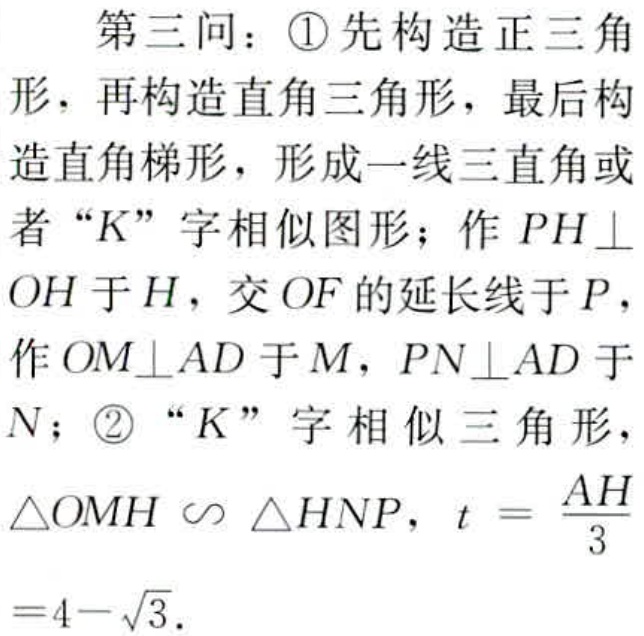
第三问：\textcircled{1}先构造正三角形，再构造直角三角形，最后构造直角梯形，形成一线三直角或者 “K” 字相似图形；作 \(PH\perp OH\) 于 \(H\)，交 \(OF\) 的延长线于 \(P\)，作 \(OM\perp AD\) 于 \(M\)，\(PN\perp AD\) 于 \(N\)；\textcircled{2} “K” 字相似三角形，\(\triangle OMH\sim\triangle HNP\)，\(t = \frac{AH}{3}=4 - \sqrt{3}\)。